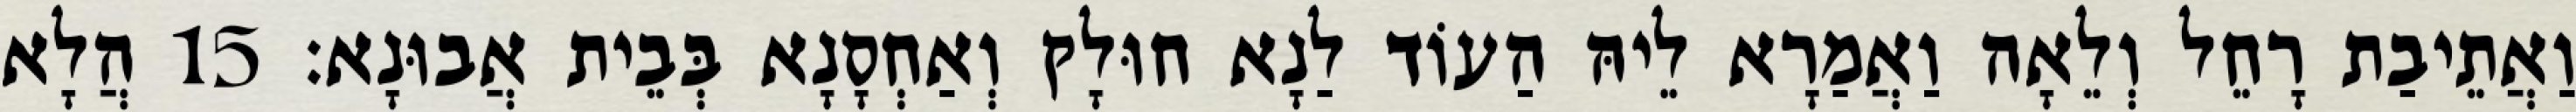
וַאֲתֵיבַת רָחֵל וְלֵאָה וַאֲמַרָא לֵיהּ הַעוֹד לַנָא חוּלָק וְאַחְסָנָא בְּבֵית אֲבוּנָא׃ 15 הֲלָא